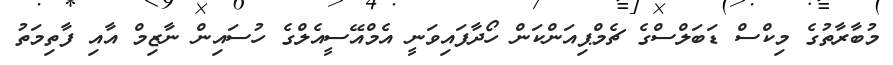
މުބާރާތުގެ މިކްސް ޑަބަލްސްގެ ޗެމްޕިއަންކަން ހޯދާފައިވަނީ އެމްއޭސީއެލްގެ ހުސައިން ނާޒިމް އާއި ފާތިމަތު